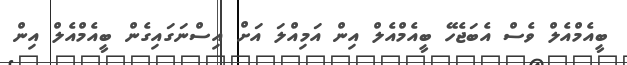
ބީއެމްއެލް ވެސް އެބަޖެހޭ ބީއެމްއެލް އިން އަމިއްލަ އަށް އިސްނަގައިގެން ބީއެމްއެލް އިން